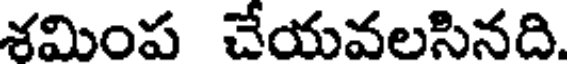
శమింప చేయవలసినది.